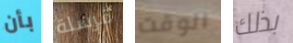
بأن مرسلة الوقت بذلك